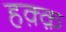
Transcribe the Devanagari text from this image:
हक़्क़